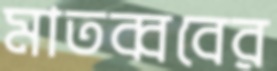
মাতব্ববের